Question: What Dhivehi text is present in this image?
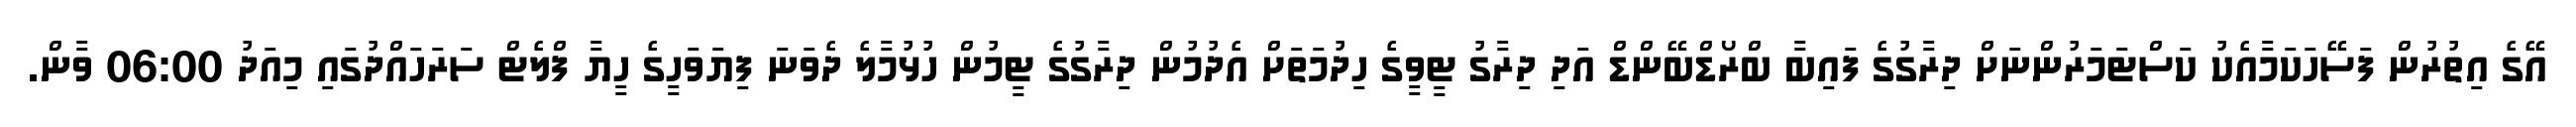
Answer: އޭގެ އިތުރުން ފަސޭހަކަމާއެކު ކަސްޓަމަރުންނަށް ދިރާގުގެ ފައިބާ ބްރޯޑްބޭންޑް އަދި ދިރާގު ޓީވީގެ ހިދުމަތަށް އެދުމުން ދިރާގުގެ ޓީމުން ހުޅުމާލެ ދެވަނަ ފިޔަވަހީގެ ހީޔާ ފްލެޓް ސަރަހައްދުގައި މިއަދު 06:00 ވާން.